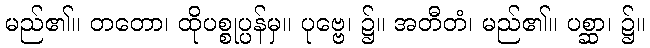
မည်၏။ တတော၊ ထိုပစ္စုပ္ပန်မှ။ ပုဗ္ဗေ၊ ၌။ အတီတံ၊ မည်၏။ ပစ္ဆာ၊ ၌။